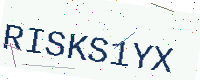
Text: RISKS1YX